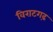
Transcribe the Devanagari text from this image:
विराटगढ़